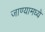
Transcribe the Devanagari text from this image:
जाण्यामध्ये